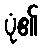
ပုံ၏